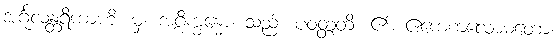
အင်္ဂုလန္တရိကာဟိ၊ မှ။ အဂ္ဂိက္ခန္ဓော၊ သည်။ ပဝတ္တတိ၊ ၏။ ဧကေကလောမတော၊